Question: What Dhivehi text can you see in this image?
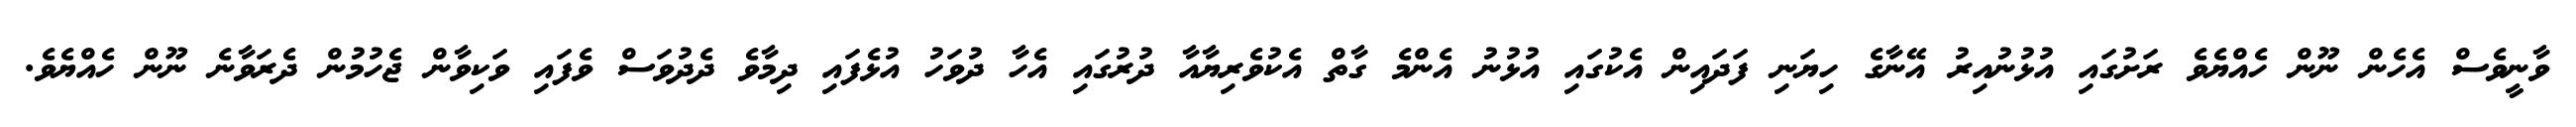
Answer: ވާނީވެސް އެހެން ނޫން ހެއްޔެވެ ރަށުގައި އުޅުނުއިރު އޭނާގެ ހިޔަނި ފަދައިން އެކުގައި އުޅުނު އެންމެ ގާތް އެކުވެރިޔާއާ ދުރުގައި އެހާ ދުވަހު އުޅެފައި ދިމާވެ ދެދުވަސް ވެފައި ވަކިވާން ޖެހުމުން ދެރަވާނެ ނޫން ހެއްޔެވެ.